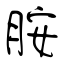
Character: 胺